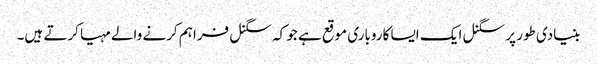
بنیادی طور پر سگنل ایک ایسا کاروباری موقع ہے جو کہ سگنل فراہم کرنے والے مہیا کرتے ہیں۔